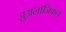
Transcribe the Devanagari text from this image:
ज़ुअलॉजिकल